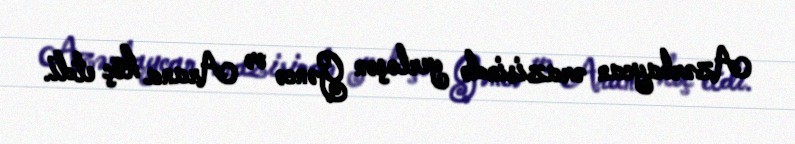
Azərbaycan ərazisində yerləşən Gəncə və Arana köç etdi.